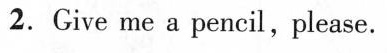
2. Give me a pencil , please.